Indian journal of veterinary science and animal husbandry - Volume 9,
Year: 1939
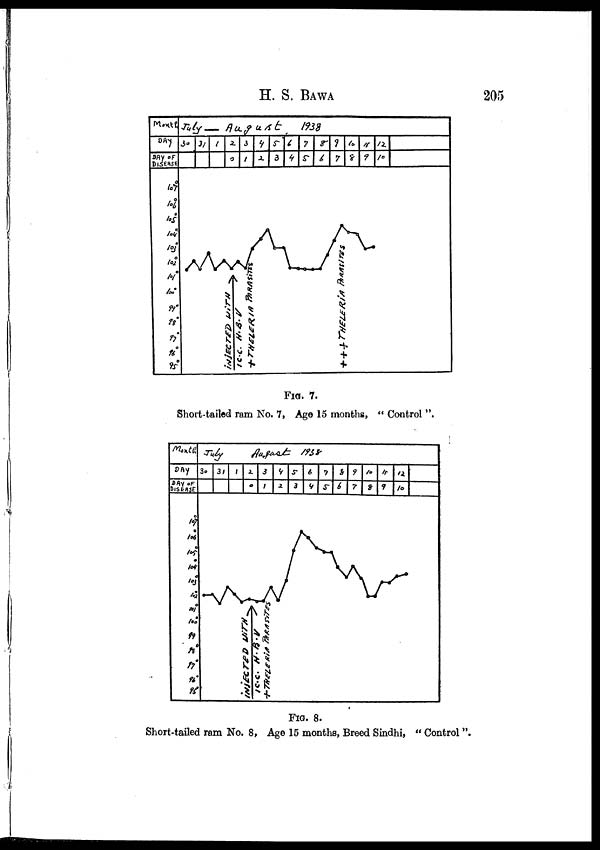
H. S.
BAWA
205
FIG. 7.
Short-tailed ram No. 7, Age 15 months, " Control ".
FIG. 8.
Short-tailed ram No. 8, Age 15 months, Breed Sindhi, " Control ".